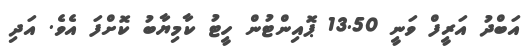
އަބްދު އަރީފް ވަނީ 13.50 ޕޮއިންޓުން ހީޓު ކާމިޔާބު ކޮށްފަ އެވެ. އަދި